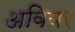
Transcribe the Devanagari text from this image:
अवियर